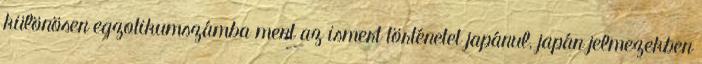
különösen egzotikumszámba ment az ismert történetet japánul, japán jelmezekben